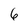
Character: 6